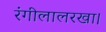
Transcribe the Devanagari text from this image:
रंगीलालरखा।